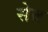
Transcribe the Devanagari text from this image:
सेब्र